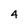
Character: 4